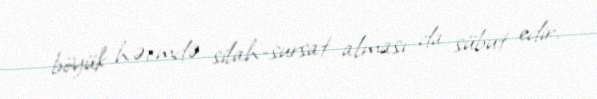
böyük həcmdə silah-sursat alması da sübut edir.